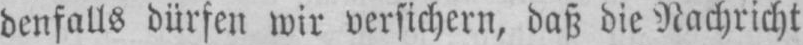
benfalls dürfen wir versichert, daß die Nachricht